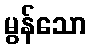
မွန်သော